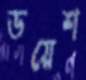
ডয়েশ